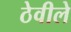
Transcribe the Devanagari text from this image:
ठेवीले